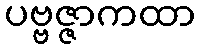
ပဗ္ဗဇ္ဇာကထာ